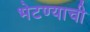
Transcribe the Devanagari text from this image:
भेटण्याची